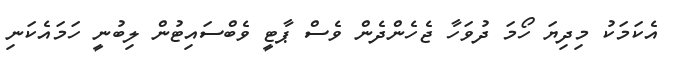
އެކަމަކު މިދިޔަ ހޯމަ ދުވަހާ ޖެހެންދެން ވެސް ޕާޓީ ވެބްސައިޓުން ލިބުނީ ހަމައެކަނި